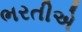
ભરતીએ